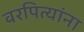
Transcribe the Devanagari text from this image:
वरपित्यांना